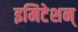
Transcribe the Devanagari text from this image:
इमिटेशन्